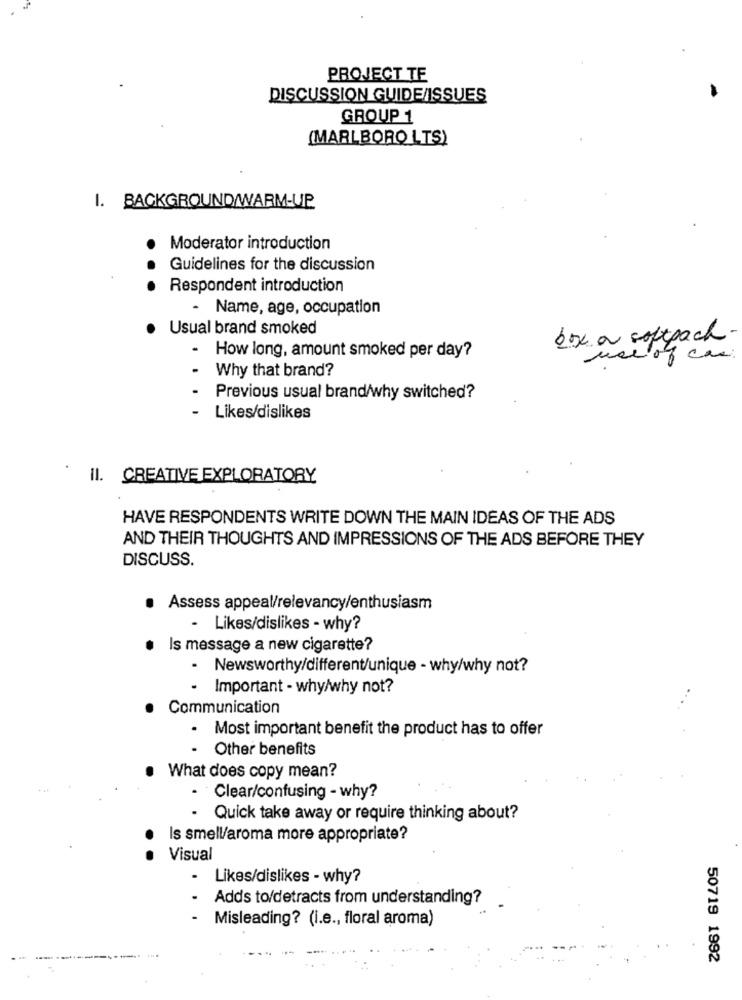
PROJECT TE
DISCUSSION GUIDE ISSUES
GROUP 1
(MARLBORO LTS)
1. BACKGROUND/WARM-UP
Moderator introduction
.
Guidelines for the discussion
Respondent introduction
- Name, age, occupation
Usual brand smoked
box ou softpack
- How long, amount smoked per day?
Why that brand?
..
.
Previous usual brand/why switched?
-
Likes/dislikes
Il. CREATIVE EXPLORATORY
HAVE RESPONDENTS WRITE DOWN THE MAIN IDEAS OF THE ADS
AND THEIR THOUGHTS AND IMPRESSIONS OF THE ADS BEFORE THEY
DISCUSS.
Assess appeal/relevancy/enthusiasm
- Likes/dislikes - why?
Is message a new cigarette?
- Newsworthy/different/unique - why/why not?
- Important - why/why not?
Communication
. Most important benefit the product has to offer
- Other benefits
What does copy mean?
- Clear/confusing - why?
- Quick take away or require thinking about?
Is smell/aroma more appropriate?
.
Visual
.
Likes/dislikes - why?
Adds to/detracts from understanding?
Misleading? (i.e ., floral aroma)
......
--
50719 1992